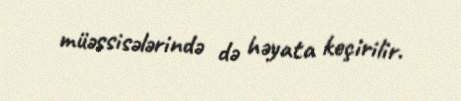
müəssisələrində də həyata keçirilir.